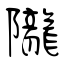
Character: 隴